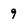
Character: 9